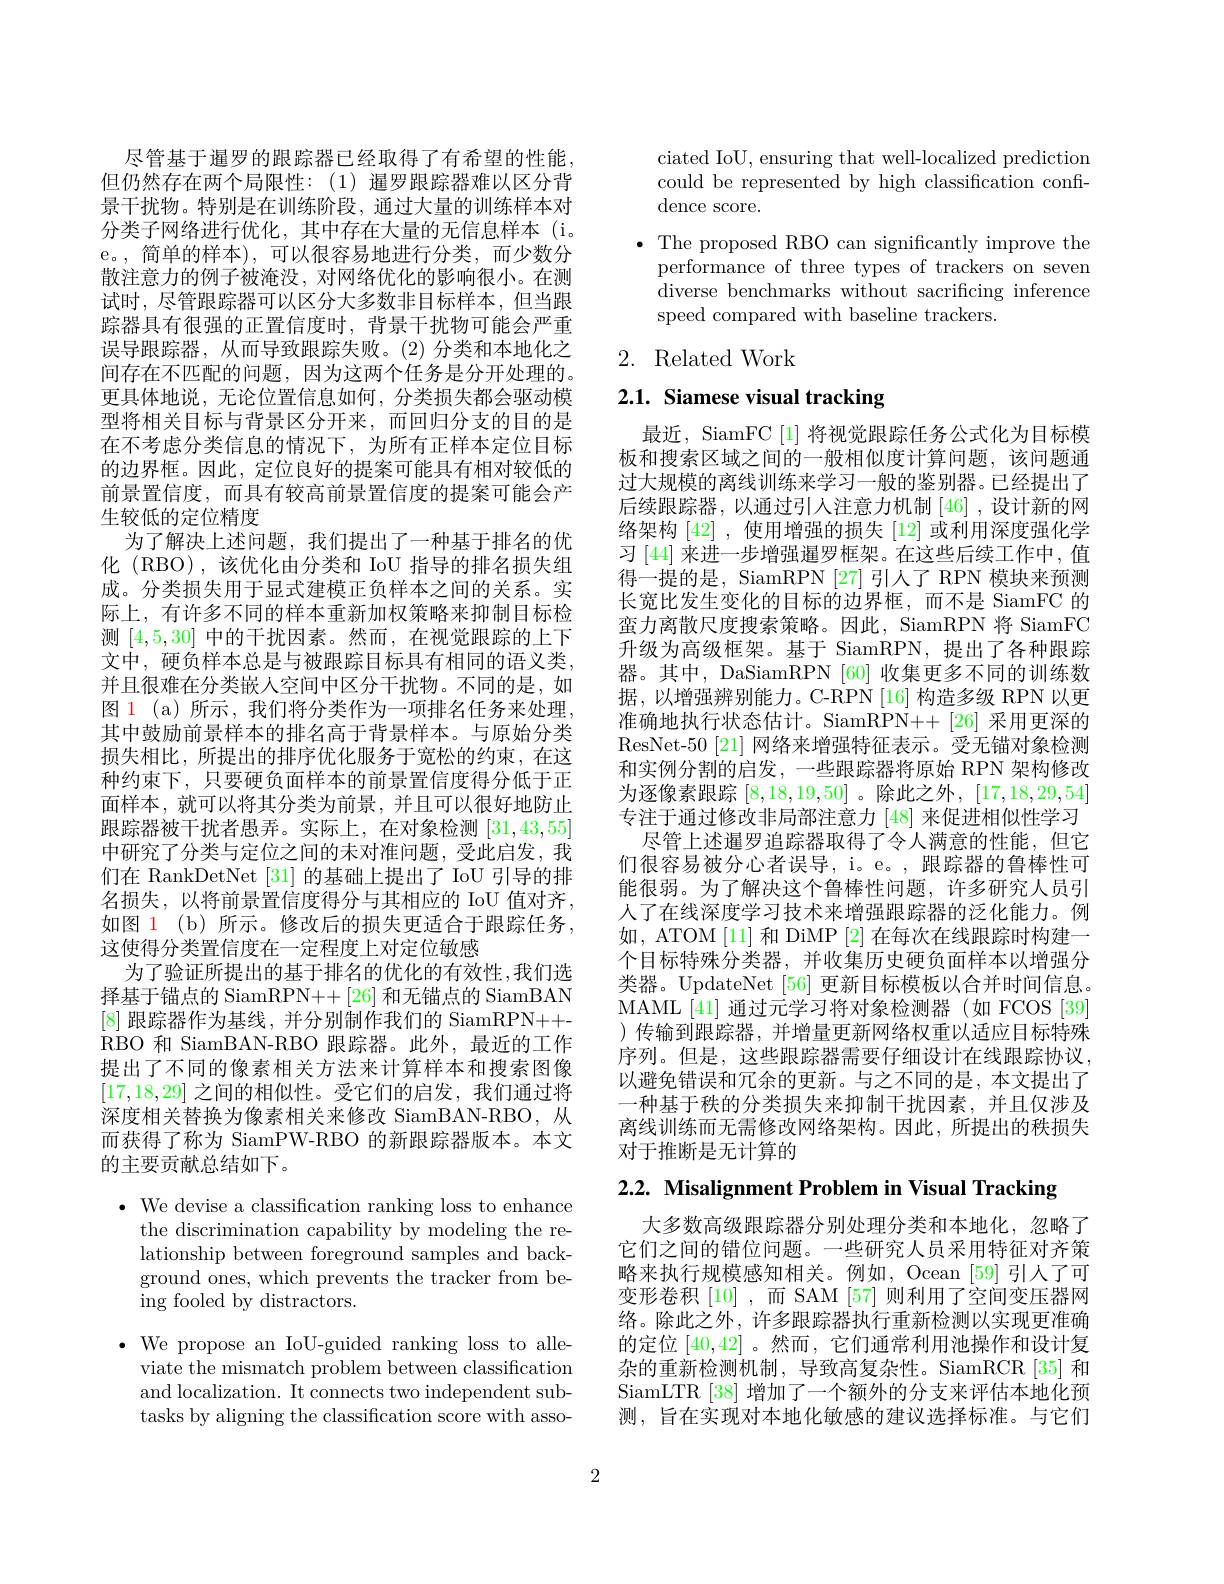
尽管基于暹罗的跟踪器已经取得了有希望的性能， 但仍然存在两个局限性：(1) 暹罗跟踪器难以区分背景干扰物。特别是在训练阶段，通过大量的训练样本对分类子网络进行优化，其中存在大量的无信息样本 (i。e。,简单的样本),可以很容易地进行分类，而少数分散注意力的例子被淹没，对网络优化的影响很小。在测试时，尽管跟踪器可以区分大多数非目标样本，但当跟踪器具有很强的正置信度时，背景干扰物可能会严重误导跟踪器，从而导致跟踪失败。(2)分类和本地化之间存在不匹配的问题，因为这两个任务是分开处理的。更具体地说，无论位置信息如何，分类损失都会驱动模型将相关目标与背景区分开来，而回归分支的目的是在不考虑分类信息的情况下，为所有正样本定位目标的边界框。因此，定位良好的提案可能具有相对较低的前景置信度，而具有较高前景置信度的提案可能会产生较低的定位精度
为了解决上述问题，我们提出了一种基于排名的优化 (RBO),该优化由分类和 IoU 指导的排名损失组成。分类损失用于显式建模正负样本之间的关系。实际上，有许多不同的样本重新加权策略来抑制目标检测[4,5,30]中的干扰因素。然而，在视觉跟踪的上下文中，硬负样本总是与被跟踪目标具有相同的语义类， 并且很难在分类嵌人空间中区分干扰物。不同的是，如图 1 (a) 所示，我们将分类作为一项排名任务来处理， 其中鼓励前景样本的排名高于背景样本。与原始分类损失相比，所提出的排序优化服务于宽松的约束，在这种约束下，只要硬负面样本的前景置信度得分低于正面样本，就可以将其分类为前景，并且可以很好地防止跟踪器被干扰者愚弄。实际上，在对象检测[31,43,55] 中研究了分类与定位之间的未对准问题，受此启发，我们在 RankDetNet [31] 的基础上提出了 IoU 引导的排名损失，以将前景置信度得分与其相应的 IoU 值对齐， 如图 1 (b) 所示。修改后的损失更适合于跟踪任务， 这使得分类置信度在一定程度上对定位敏感
为了验证所提出的基于排名的优化的有效性，我们选择基于锚点的 SiamRPN++[26] 和无锚点的 SiamBAN [8]跟踪器作为基线，并分别制作我们的 SiamRPN++- RBO 和 SiamBAN-RBO 跟踪器。此外，最近的工作提出了不同的像素相关方法来计算样本和搜索图像[17,18,29]之间的相似性。受它们的启发，我们通过将深度相关替换为像素相关来修改 SiamBAN-RBO,从而获得了称为 SiamPW-RBO 的新跟踪器版本。本文的主要贡献总结如下。
$\bullet$ We devise a classification ranking loss to enhance
the discrimination capability by modeling the re-

lationship between foreground samples and background ones, which prevents the tracker from being fooled by distractors.

$\bullet$ We propose an IoU-guided ranking loss to alle-
viate the mismatch problem between classification and localization. It connects two independent subtasks by aligning the classification score with asso-

ciated IoU, ensuring that well-localized prediction could be represented by high classification confidence score.
$\bullet$ The proposed RBO can significantly improve the
performance of three types of trackers on seven diverse benchmarks without sacrificing inference speed compared with baseline trackers.

## 2. Related Work

# 2.1. Siamese visual tracking

最近，SiamFC [1] 将视觉跟踪任务公式化为目标模板和搜索区域之间的一般相似度计算问题，该问题通过大规模的离线训练来学习一般的鉴别器。已经提出了后续跟踪器，以通过引人注意力机制[46],设计新的网络架构[42] ,使用增强的损失[12]或利用深度强化学习 [44] 来进一步增强暹罗框架。在这些后续工作中，值得一提的是，SiamRPN [27] 引人了 RPN 模块来预测长宽比发生变化的目标的边界框，而不是 SiamFC 的蛮力离散尺度搜索策略。因此，SiamRPN 将 SiamFC 升级为高级框架。基于 SiamRPN,提出了各种跟踪器。其中，DaSiamRPN [60] 收集更多不同的训练数据，以增强辨别能力。C-RPN[16]构造多级 RPN 以更准确地执行状态估计。SiamRPN++[26] 采用更深的ResNet-50 [21] 网络来增强特征表示。受无锚对象检测和实例分割的启发，一些跟踪器将原始 RPN 架构修改为逐像素跟踪[8,18,19,50] 。除此之外，[17,18,29,54] 专注于通过修改非局部注意力 [48] 来促进相似性学习
尽管上述暹罗追踪器取得了令人满意的性能，但它们很容易被分心者误导，i。e。, 跟踪器的鲁棒性可能很弱。为了解决这个鲁棒性问题，许多研究人员引人了在线深度学习技术来增强跟踪器的泛化能力。例如，ATOM [11] 和 DiMP [2] 在每次在线跟踪时构建一个目标特殊分类器，并收集历史硬负面样本以增强分类器。UpdateNet [56] 更新目标模板以合并时间信息。MAML [41] 通过元学习将对象检测器 (如 FCOS [39] )传输到跟踪器，并增量更新网络权重以适应目标特殊序列。但是，这些跟踪器需要仔细设计在线跟踪协议， 以避免错误和冗余的更新。与之不同的是，本文提出了一种基于秩的分类损失来抑制干扰因素，并且仅涉及离线训练而无需修改网络架构。因此，所提出的秩损失对于推断是无计算的

2.2. Misalignment Problem in Visual Tracking

大多数高级跟踪器分别处理分类和本地化，忽略了它们之间的错位问题。一些研究人员采用特征对齐策略来执行规模感知相关。例如，Ocean [59]引人了可变形卷积 [10] ,而 SAM [57] 则利用了空间变压器网络。除此之外，许多跟踪器执行重新检测以实现更准确的定位[40,42] 。然而 , 它们通常利用池操作和设计复杂的重新检测机制，导致高复杂性。SiamRCR[35] 和SiamLTR [38] 增加了一个额外的分支来评估本地化预测，旨在实现对本地化敏感的建议选择标准。与它们

2